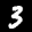
Label: 3